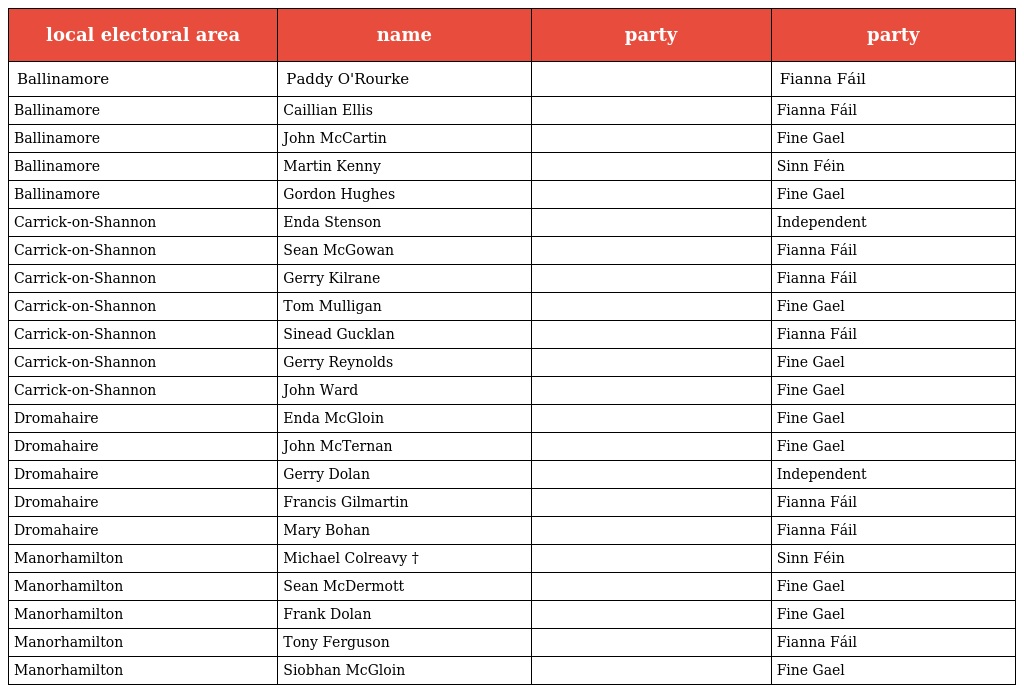
| local electoral area | name | party | party |
 | --- | --- | --- | --- |
 | Ballinamore | Paddy O'Rourke |  | Fianna Fáil |
 | Ballinamore | Caillian Ellis |  | Fianna Fáil |
 | Ballinamore | John McCartin |  | Fine Gael |
 | Ballinamore | Martin Kenny |  | Sinn Féin |
 | Ballinamore | Gordon Hughes |  | Fine Gael |
 | Carrick-on-Shannon | Enda Stenson |  | Independent |
 | Carrick-on-Shannon | Sean McGowan |  | Fianna Fáil |
 | Carrick-on-Shannon | Gerry Kilrane |  | Fianna Fáil |
 | Carrick-on-Shannon | Tom Mulligan |  | Fine Gael |
 | Carrick-on-Shannon | Sinead Gucklan |  | Fianna Fáil |
 | Carrick-on-Shannon | Gerry Reynolds |  | Fine Gael |
 | Carrick-on-Shannon | John Ward |  | Fine Gael |
 | Dromahaire | Enda McGloin |  | Fine Gael |
 | Dromahaire | John McTernan |  | Fine Gael |
 | Dromahaire | Gerry Dolan |  | Independent |
 | Dromahaire | Francis Gilmartin |  | Fianna Fáil |
 | Dromahaire | Mary Bohan |  | Fianna Fáil |
 | Manorhamilton | Michael Colreavy † |  | Sinn Féin |
 | Manorhamilton | Sean McDermott |  | Fine Gael |
 | Manorhamilton | Frank Dolan |  | Fine Gael |
 | Manorhamilton | Tony Ferguson |  | Fianna Fáil |
 | Manorhamilton | Siobhan McGloin |  | Fine Gael |